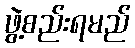
ဖွဲ့စည်းရမည်